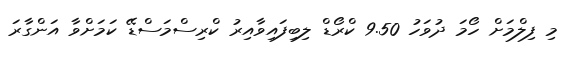
މި ފިލްމަށް ހޯމަ ދުވަހު 9.50 ކްރޯޑް ލިބިފައިވާއިރު ކްރިސްމަސްޑޭ ކަމަށްވާ އަންގާރަ